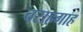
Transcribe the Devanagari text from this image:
चराहगाह